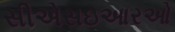
સીએસઇઆરઓ